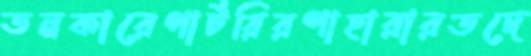
তনকারেপার্টরিরপাহারারতদে